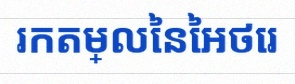
រកតម្លៃនៃអថេរ